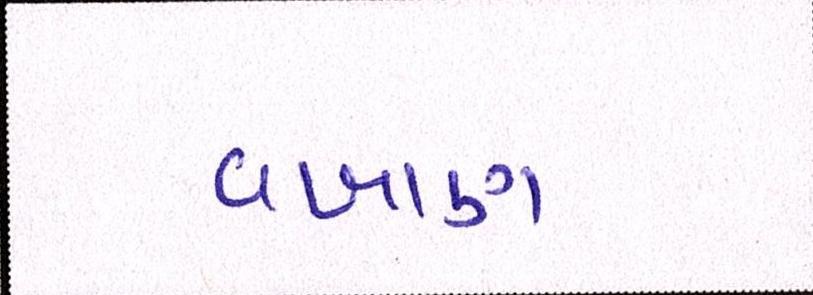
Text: વખાણ